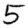
Digit: 5